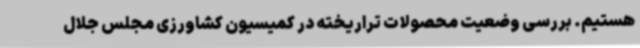
هستیم. بررسی وضعیت محصولات تراریخته در کمیسیون کشاورزی مجلس جلال